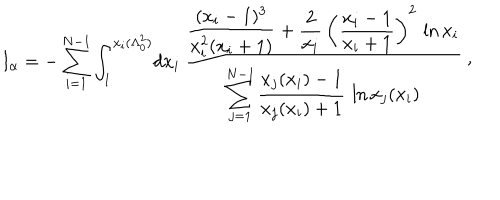
I _ { \alpha } = - \sum _ { i = 1 } ^ { N - 1 } \int _ { 1 } ^ { x _ { i } ( \Lambda _ { 0 } ^ { 2 } ) } \! d x _ { i } \, { \frac { \displaystyle { \frac { ( x _ { i } - 1 ) ^ { 3 } } { x _ { i } ^ { 2 } ( x _ { i } + 1 ) } } + { \frac { 2 } { x _ { i } } } \, \left( { \frac { x _ { i } - 1 } { x _ { i } + 1 } } \right) ^ { 2 } \, \ln x _ { i } } { \displaystyle \sum _ { j = 1 } ^ { N - 1 } { \frac { x _ { j } ( x _ { i } ) - 1 } { x _ { j } ( x _ { i } ) + 1 } } \, \ln x _ { j } ( x _ { i } ) } } \ \raise 2 p t \mathrm { , }